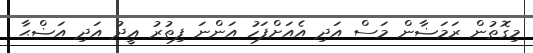
މިގޮތުން ރަމަޟާން މަސް އަދި އެއަށްފަހު އަންނަ ފިތުރު ޢީދު އަދި އަޟްޙާ